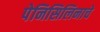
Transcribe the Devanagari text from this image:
पेनिसिलिनाचे